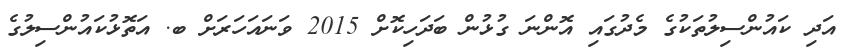
އަދި ކައުންސިލުތަކުގެ މެދުގައި އޮންނަ ގުޅުން ބަދަހިކޮށް 2015 ވަނައަހަރަށް ބ. އަތޮޅުކައުންސިލުގެ